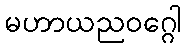
မဟာယညဝဂ္ဂေါ